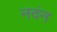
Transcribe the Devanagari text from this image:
नदंन